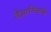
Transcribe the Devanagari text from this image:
वैज्ञानिकके